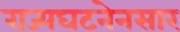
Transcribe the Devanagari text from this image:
राज्यघटनेनसार